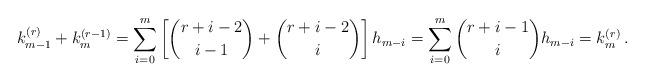
LaTeX: \begin{align*} k_{m-1}^{(r)} + k_m^{(r-1)} = \sum_{i=0}^{m} \left[\binom{r+i-2}{i-1} + \binom{r+i-2}{i}\right] h_{m-i} = \sum_{i=0}^m \binom{r+i-1}{i} h_{m-i} = k_m^{(r)}\,.\end{align*}